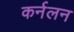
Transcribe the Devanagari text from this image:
कर्नलन